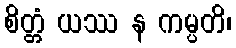
စိတ္တံ ယဿ န ကမ္ပတိ၊